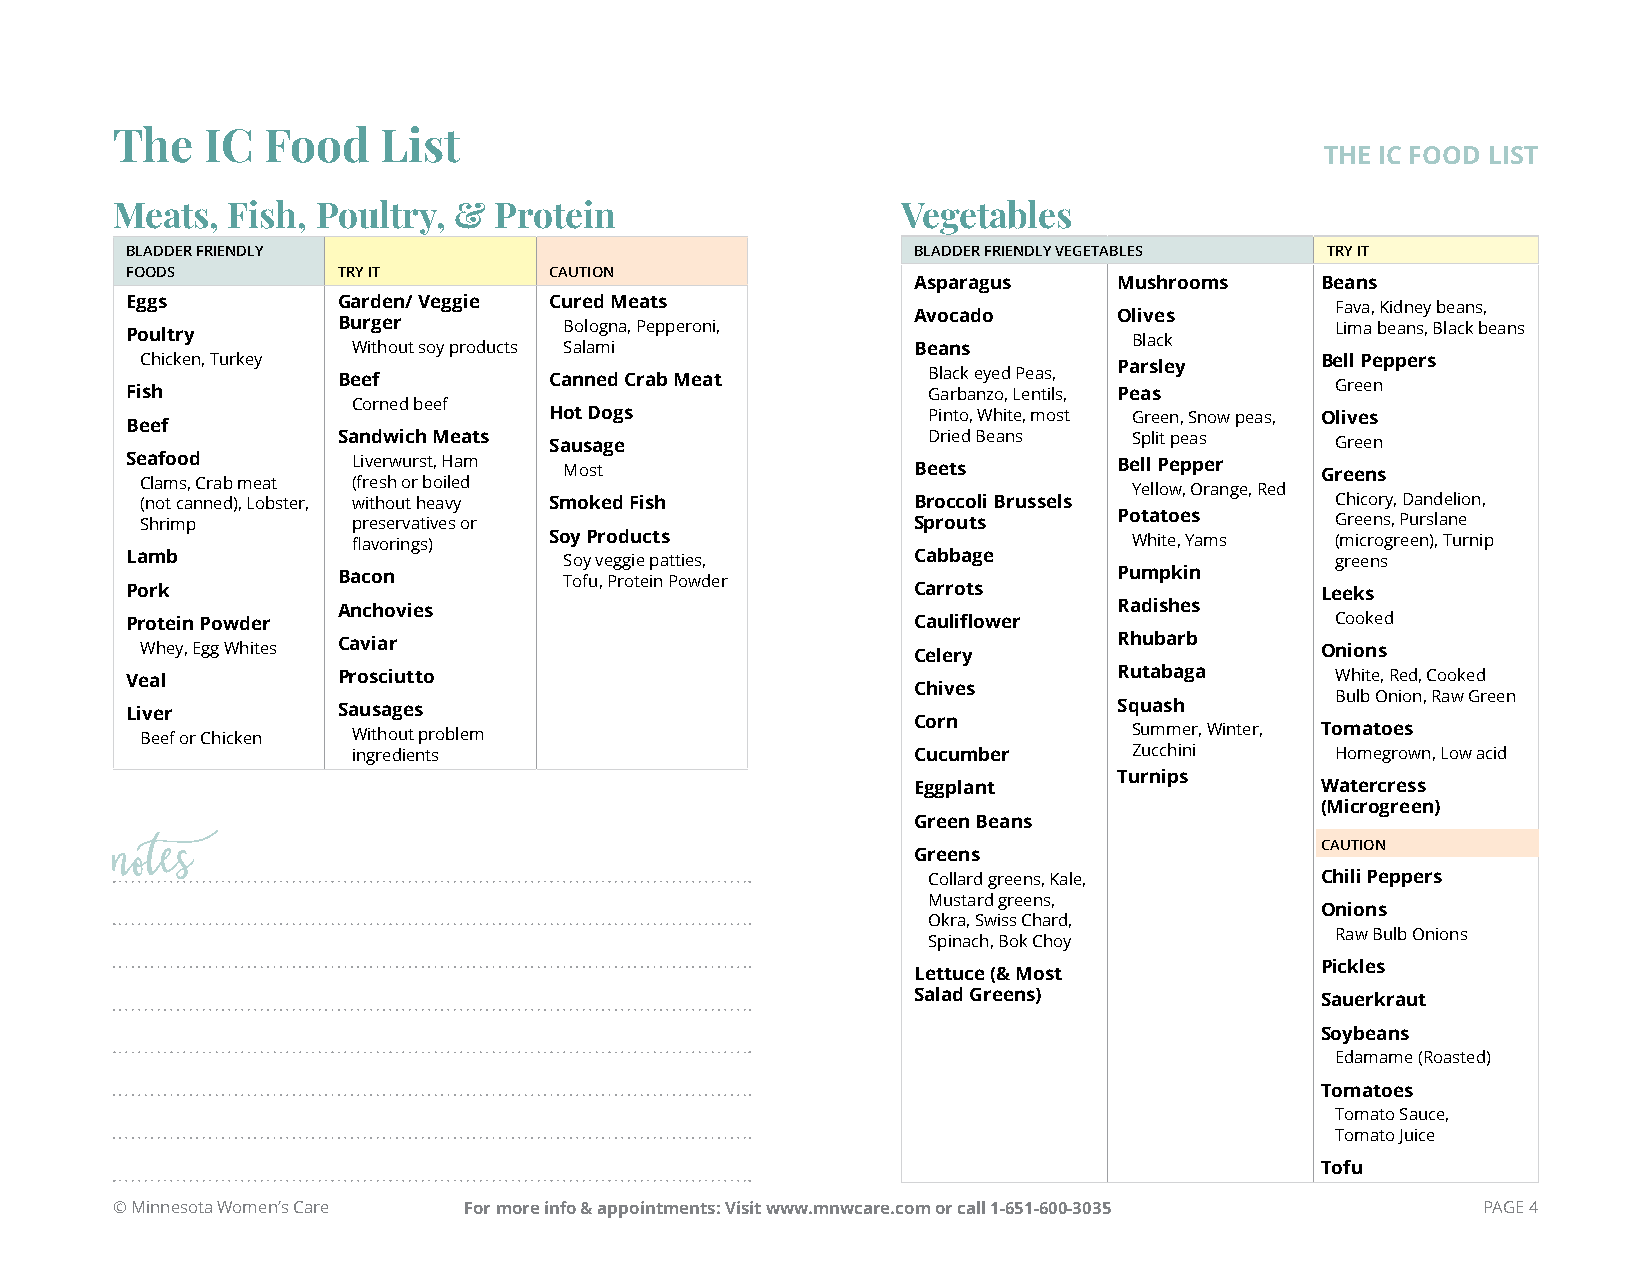
The    IC  Food   List
 THE IC FOOD LIST
 Meats,  Fish, Poultry, &  Protein                    Vegetables
 BLADDER FRIENDLY                                    BLADDER FRIENDLY VEGETABLES TRY IT
 FOODS         TRY IT        CAUTION
 Asparagus     Mushrooms    Beans
 Eggs          Garden/ Veggie Cured Meats                                        Fava, Kidney beans,
 Avocado       Olives
 Burger         Bologna, Pepperoni,                                Lima beans, Black beans
 Poultry                                                            Black
 Without soy products Salami          Beans
 Chicken, Turkey                                                  Parsley      Bell Peppers
 Beef          Canned Crab Meat         Black eyed Peas,           Green
 Fish                                                 Garbanzo, Lentils, Peas
 Corned beef
 Hot Dogs                 Pinto, White, most Green, Snow peas, Olives
 Beef
 Sandwich Meats Sausage                 Dried Beans   Split peas   Green
 Seafood        Liverwurst, Ham Most                 Beets         Bell Pepper  Greens
 Clams, Crab meat (fresh or boiled
 Yellow, Orange, Red
 (not canned), Lobster, without heavy Smoked Fish   Broccoli Brussels           Chicory, Dandelion,
 Shrimp        preservatives or                     Sprouts       Potatoes      Greens, Purslane
 flavorings)  Soy Products                           White, Yams  (microgreen), Turnip
 Lamb                         Soy veggie patties,    Cabbage                     greens
 Bacon          Tofu, Protein Powder                 Pumpkin
 Pork                                                Carrots                    Leeks
 Anchovies                                           Radishes
 Protein Powder                                      Cauliflower                 Cooked
 Whey, Egg Whites Caviar                            Celery        Rhubarb      Onions
 Veal          Prosciutto                                          Rutabaga      White, Red, Cooked
 Chives
 Bulb Onion, Raw Green
 Liver         Sausages                                            Squash
 Corn
 Beef or Chicken Without problem                                   Summer, Winter, Tomatoes
 ingredients                          Cucumber       Zucchini     Homegrown, Low acid
 Turnips
 Eggplant                   Watercress
 (Microgreen)
 Green Beans
 CAUTION
 Greens
 notes                                                 Collard greens, Kale,     Chili Peppers
 Mustard greens,
 Onions
 Okra, Swiss Chard,
 Raw Bulb Onions
 Spinach, Bok Choy
 Pickles
 Lettuce (& Most
 Salad Greens)              Sauerkraut
 Soybeans
 Edamame (Roasted)
 Tomatoes
 Tomato Sauce,
 Tomato Juice
 Tofu
 © Minnesota Women’s Care For more info & appointments: Visit www.mnwcare.com or call 1-651-600-3035 PAGE 4